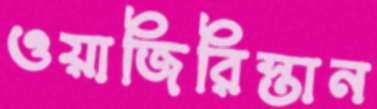
ওয়াজিরিস্তান